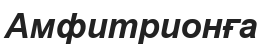
Амфитрионға